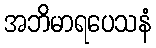
အဘိမာရပေသနံ